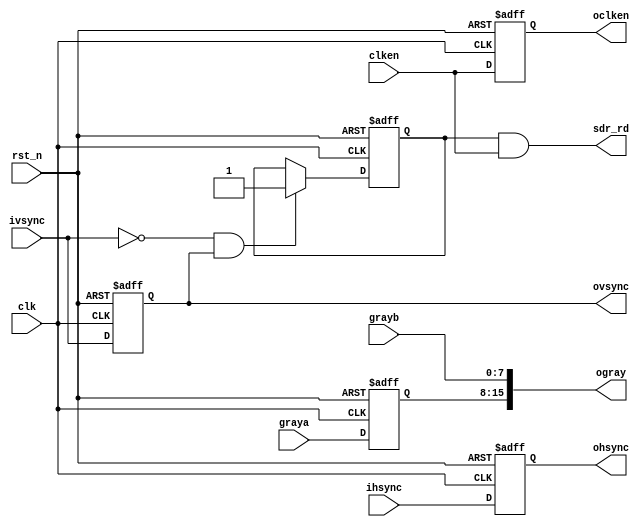
module Gray_Shift( 
    input               clk     , 
    input               rst_n   , 
    input               clken   , 
    input               ivsync  , 
    input               ihsync  , 
    input       [7:0]   graya   ,   // next frame
    input       [7:0]   grayb   ,   // before frame
    output              sdr_rd  ,   //
    output      [15:0]  ogray   ,   //
    output  reg         ovsync  ,
    output  reg         ohsync  ,
    output              oclken             
) ; 
 
always@(posedge clk or negedge rst_n) begin 
    if ( !rst_n) 
        ovsync <= 1'b0; 
    else 
        ovsync <=  ivsync; 
end 
 
always@(posedge clk or negedge rst_n) begin 
    if ( !rst_n) 
        ohsync <= 1'b0; 
    else 
        ohsync <= ihsync; 
end 


reg clken_d0; 
always@(posedge clk or negedge rst_n) begin 
    if ( !rst_n) 
        clken_d0 <= 1'b0; 
    else 
        clken_d0 <= clken; 
end 

reg rd_en; 
always@(posedge clk or negedge rst_n) begin 
    if ( !rst_n) 
        rd_en <= 1'b0; 
    else if(~ivsync & ovsync) 
        rd_en <= 1'b1; 
end 
 
assign sdr_rd = rd_en & clken; 
reg [ 7:0] graya_d0; 
always@(posedge clk or negedge rst_n) begin 
    if ( !rst_n) 
        graya_d0 <= 1'b0; 
    else 
        graya_d0 <= graya; 
end 

assign oclken = clken_d0  ;
assign ogray  = {graya_d0, grayb} ;

endmodule